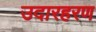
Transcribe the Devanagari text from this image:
उदारहरण